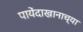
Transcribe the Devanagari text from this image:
पायेंदाखानाच्या